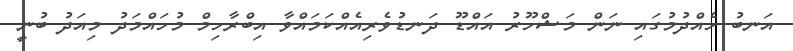
އަނބު ހެއްދުމުގައި ނަން މަޝްހޫރު އައްޑޫ ދަނޑުވެރިއެއްކަމައްވާ އިބްރާހިމް މުހައްމަދު މިއަދު ބުނީ